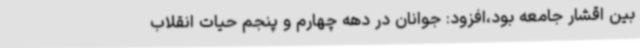
بین اقشار جامعه بود،افزود: جوانان در دهه چهارم و پنجم حیات انقلاب